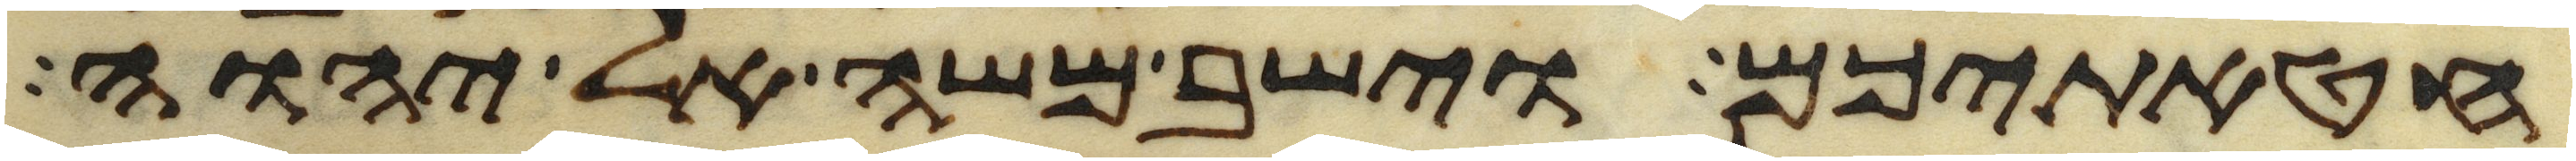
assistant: חטאתיכם וישב משה אל יהוה